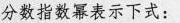
分数指数幂表示下式：